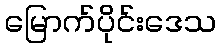
မြောက်ပိုင်းဒေသ